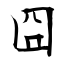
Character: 囧